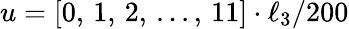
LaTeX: u=[0,\, 1,\, 2,\, ...,\, 11]\cdot\ell_{3}/200